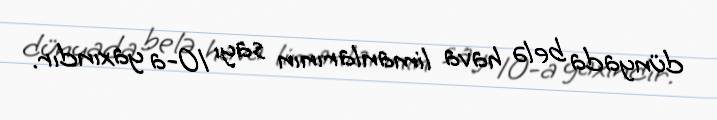
dünyada belə hava limanlarının sayı 10-a yaxındır.